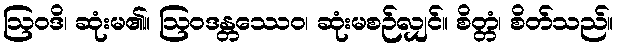
ဩဝဒိ၊ ဆုံးမ၏။ ဩဝဒန္တဿေဝ၊ ဆုံးမစဉ်လျှင်။ စိတ္တံ၊ စိတ်သည်။